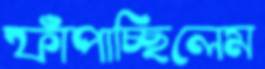
ফাঁপাচ্ছিলেম